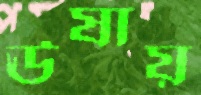
ঊষায়